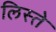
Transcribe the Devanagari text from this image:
लिस्ते